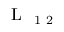
\mathrm { ~ L ~ } _ { \mathrm { ~ 1 ~ 2 ~ } }